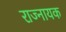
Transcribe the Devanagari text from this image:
राज्नायक